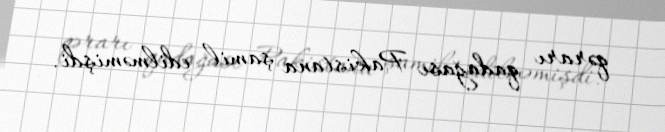
qərarı qadağası Pakistana şamil edilməmişdi.